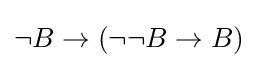
\neg B\to (\neg \neg B\to B)